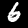
Label: 6